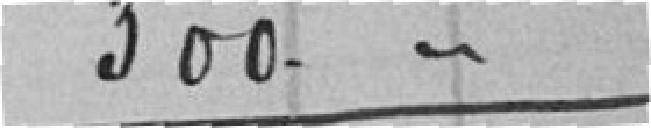
300